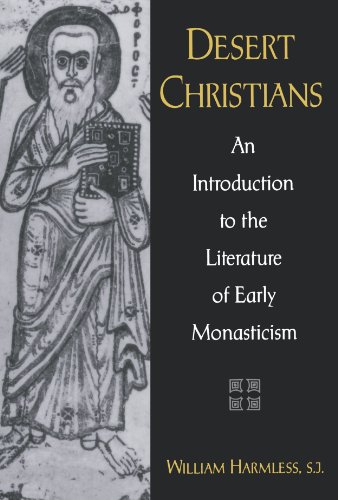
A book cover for Desert Christians: An Introduction to the Literature of Early Monasticism; William Harmless; Christian Books & Bibles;